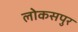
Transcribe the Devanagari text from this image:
लोकसपुर